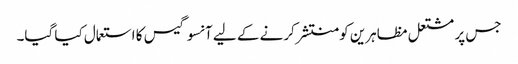
جس پر مشتعل مظاہرین کو منتشر کرنے کے لیے آنسو گیس کا استعمال کیا گیا۔